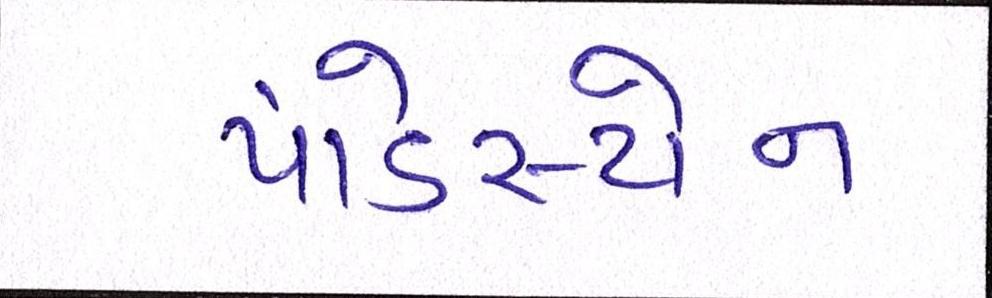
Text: પાંડેસ્ટોન